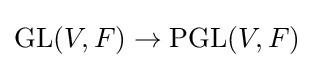
\operatorname {GL} (V,F)\rightarrow \operatorname {PGL} (V,F)